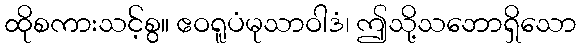
ထိုစကားသင့်စွ။ ဧဝရူပံမုသာဝါဒံ၊ ဤသို့သဘောရှိသော